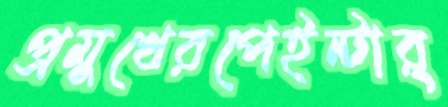
প্রমুখেরপেইন্টার্